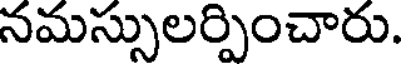
నమస్సులర్పించారు.